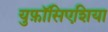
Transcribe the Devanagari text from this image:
युफ़ॉसिएशिया